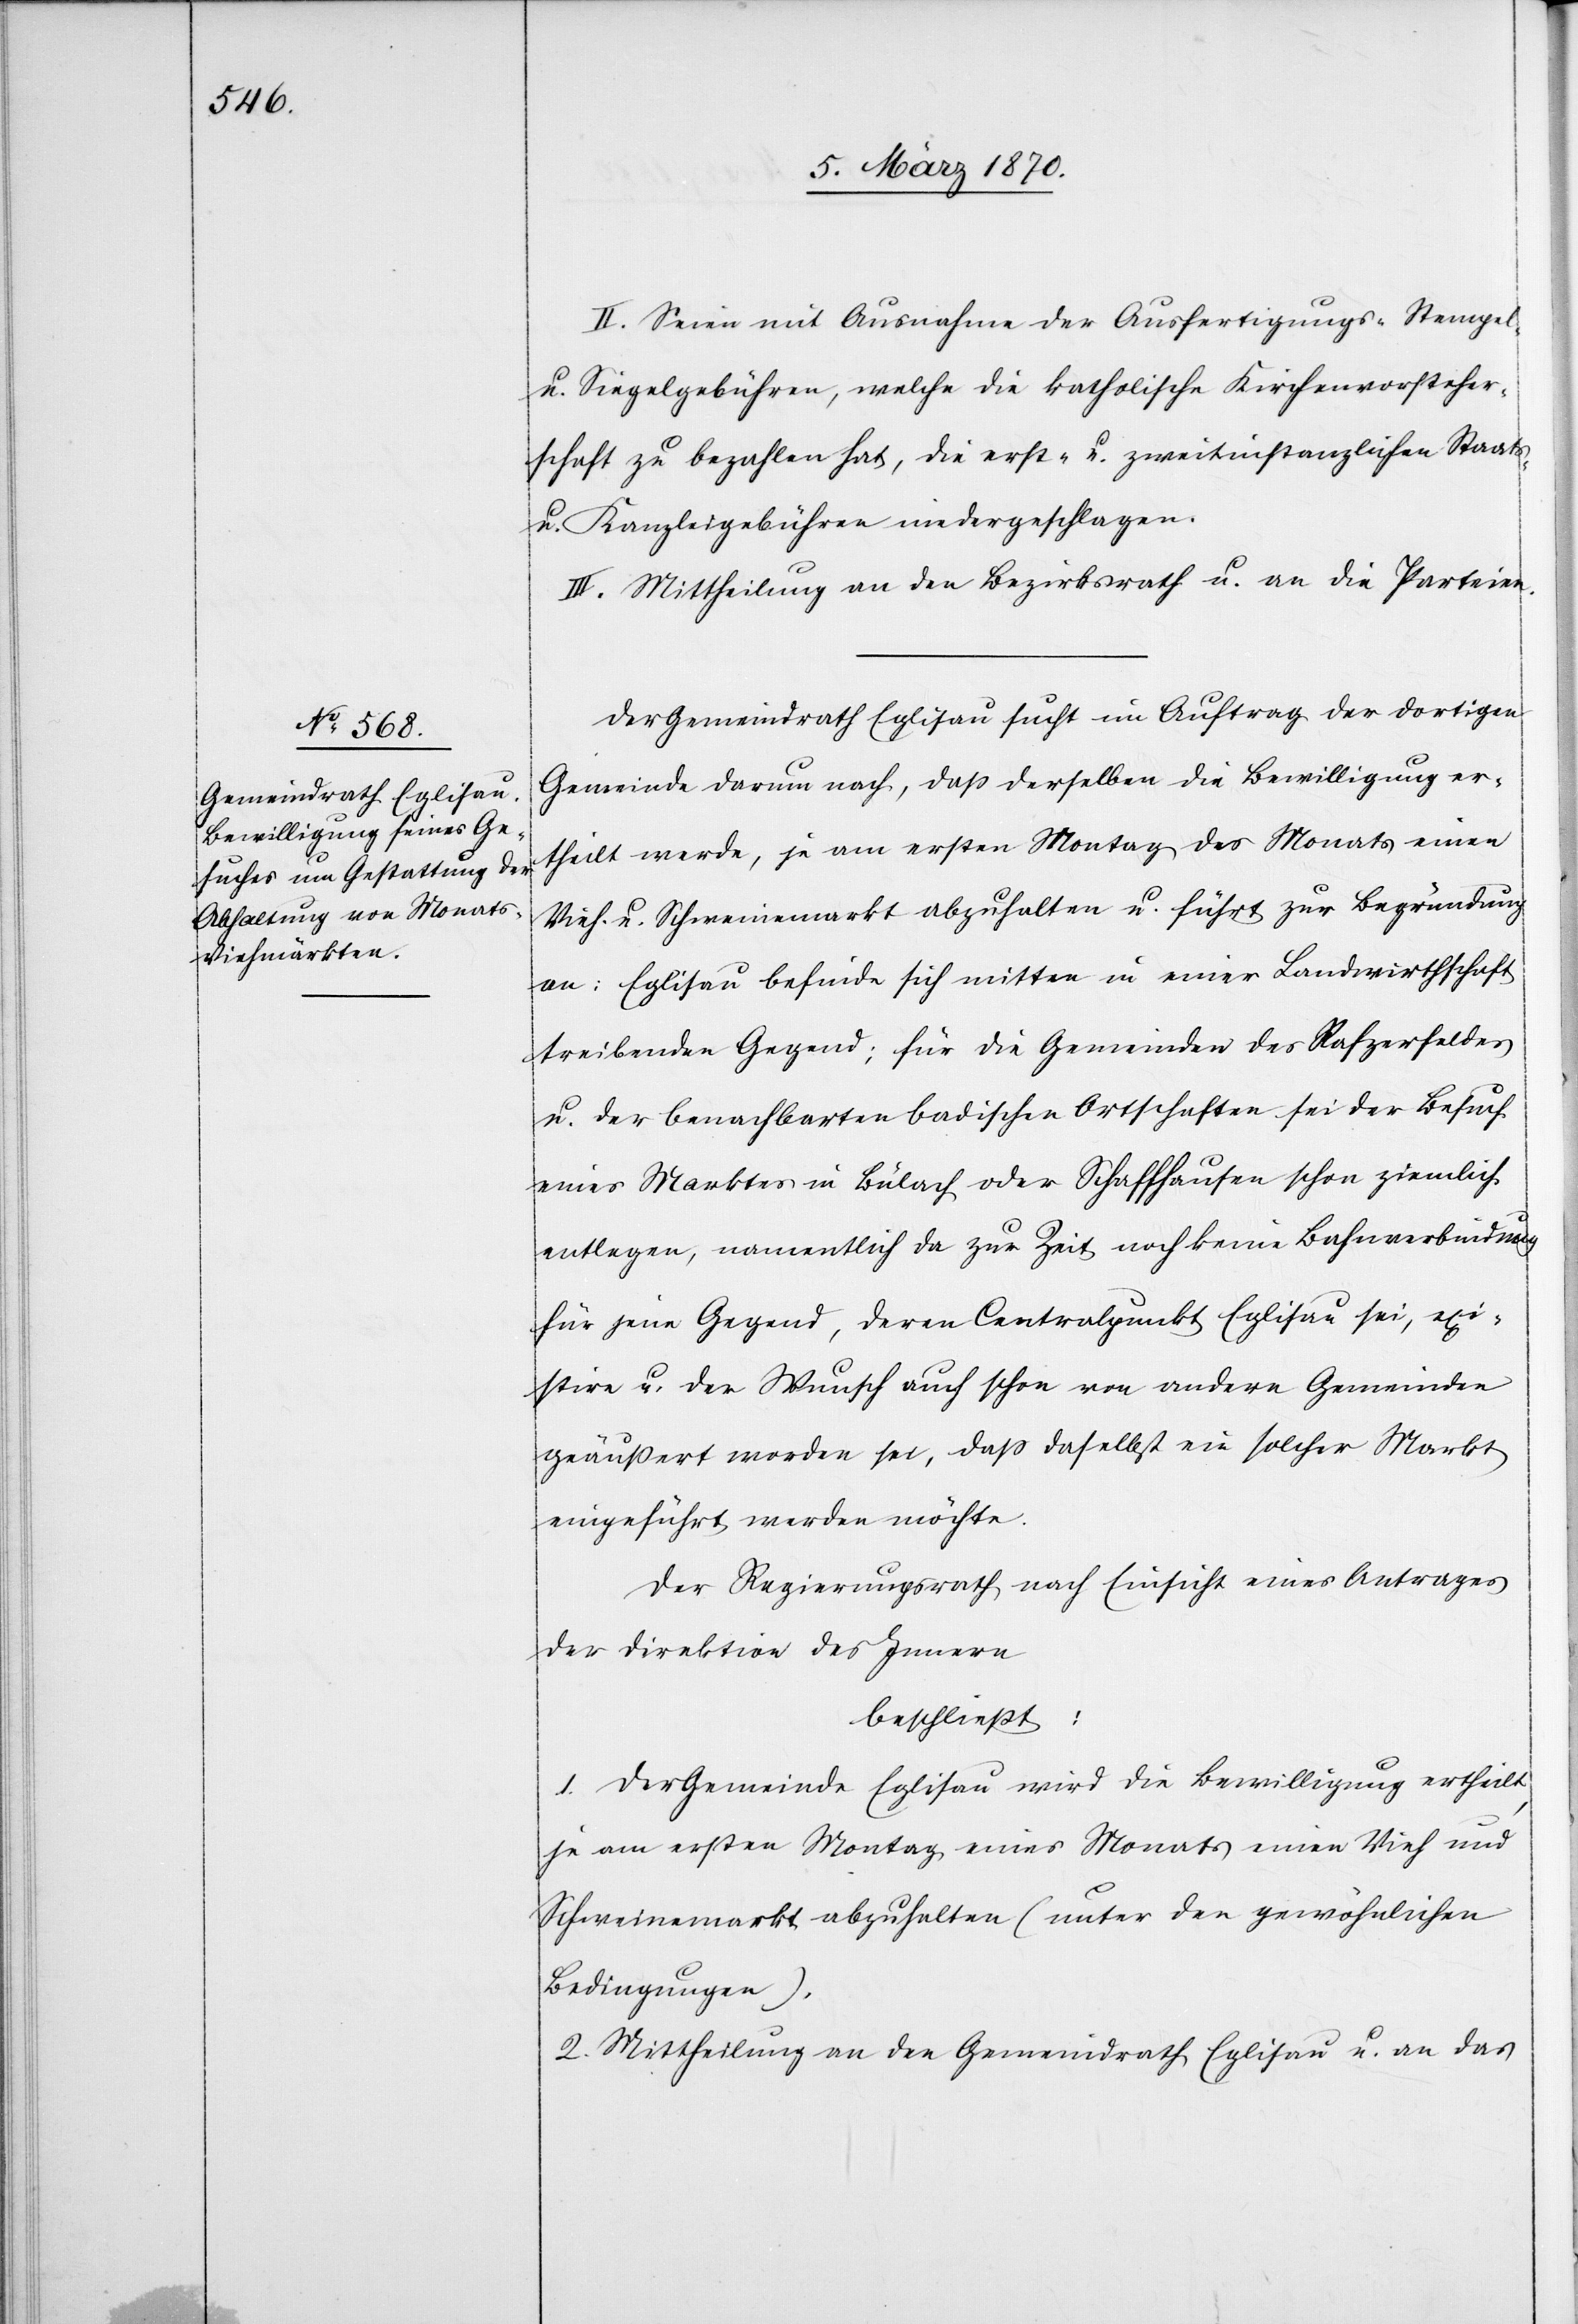
II. Seien mit Ausnahme der Ausfertigungs- Stempel-
u. Siegelgebühren, welche die katholische Kirchenvorsteher¬
schaft zu bezahlen hat, die erst- u. zweitinstanzlichen Staats-
u. Kanzleigebühren niedergeschlagen.
III. Mittheilung an den Bezirksrath u. an die Parteien.
Der Gemeindrath Eglisau sucht im Auftrag der dortigen
Gemeinde darum nach, daß derselben die Bewilligung er¬
theilt werde, je am ersten Montag des Monats einen
Vieh- u. Schweinemarkt abzuhalten u. führt zur Begründung
an: Eglisau befinde sich mitten in einer Landwirthschaft
treibenden Gegend; für die Gemeinden des Rafzerfeldes
u. der benachbarten badischen Ortschaften sei der Besuch
eines Marktes in Bülach oder Schaffhausen schon ziemlich
entlegen, namentlich da zur Zeit noch keine Bahnverbindung
für jene Gegend, deren Centralpunkt Eglisau sei, exi¬
stire u. der Wunsch auch schon von andern Gemeinden
geäußert worden sei, daß daselbst ein solcher Markt
eingeführt werden möchte.
Der Regierungsrath nach Einsicht eines Antrages
der Direktion des Innern
beschließt:
1. Der Gemeinde Eglisau wird die Bewilligung ertheilt,
je am ersten Montag eines Monats einen Vieh und
Schweinemarkt abzuhalten (unter den gewöhnlichen
Bedingungen).
2. Mittheilung an den Gemeindrath Eglisau u. an das